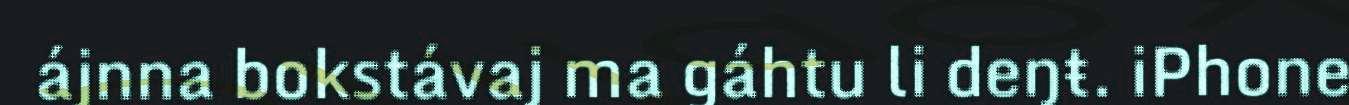
ájnna bokstávaj ma gáhtu li deŋŧ. iPhone